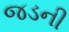
જડની